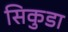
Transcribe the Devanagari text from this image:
सिकुडा